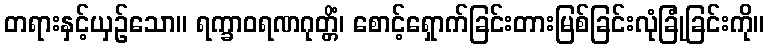
တရားနှင့်ယှဉ်သော။ ရက္ခာဝရဏဂုတ္တိံ၊ စောင့်ရှောက်ခြင်းတားမြစ်ခြင်းလုံခြုံခြင်းကို။